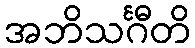
အဘိသင်္ဂီတိ